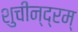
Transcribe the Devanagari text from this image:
शुचीन्द्रम्